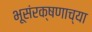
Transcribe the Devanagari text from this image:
भूसंरक्षणाच्या